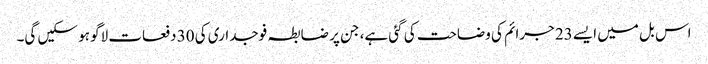
اس بل میں ایسے 23 جرائم کی وضاحت کی گئی ہے، جن پر ضابطہ فوجداری کی 30 دفعات لاگو ہو سکیں گی۔